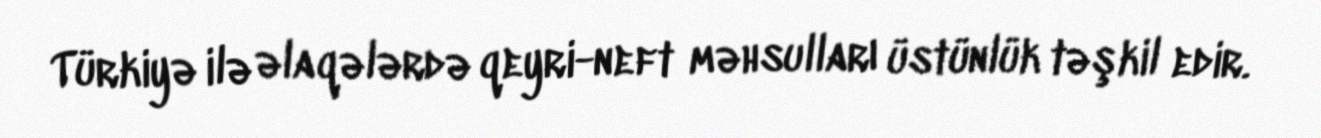
Türkiyə ilə əlaqələrdə qeyri-neft məhsulları üstünlük təşkil edir.